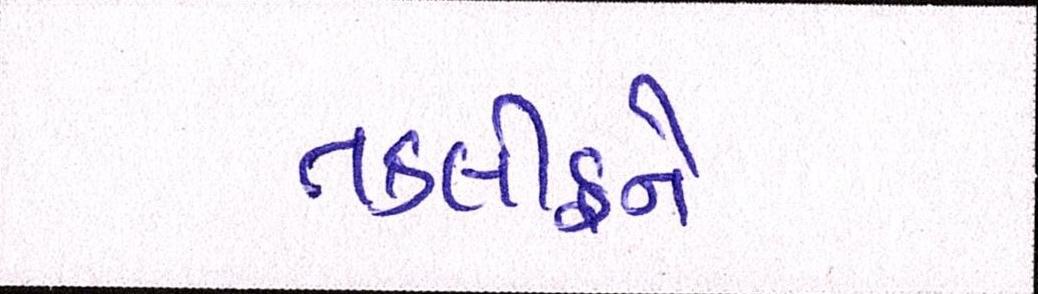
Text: તકલીફને